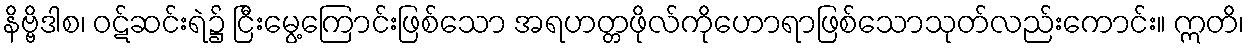
နိဗ္ဗိဒါစ၊ ဝဋ်ဆင်းရဲ၌ ငြီးမွေ့ကြောင်းဖြစ်သော အရဟတ္တဖိုလ်ကိုဟောရာဖြစ်သောသုတ်လည်းကောင်း။ ဣတိ၊